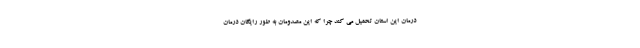
درمان این استان تحمیل می کند چرا که این مصدومان به طور رایگان درمان